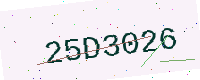
Text: 25D3026